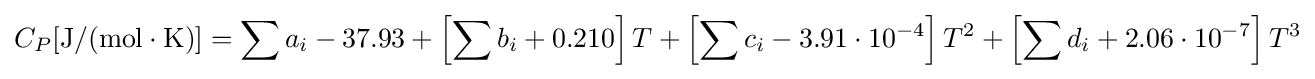
C_{P}[{\text{J}}/({\text{mol}}\cdot {\text{K}})]=\sum a_{i}-37.93+\left[\sum b_{i}+0.210\right]T+\left[\sum c_{i}-3.91\cdot 10^{-4}\right]T^{2}+\left[\sum d_{i}+2.06\cdot 10^{-7}\right]T^{3}